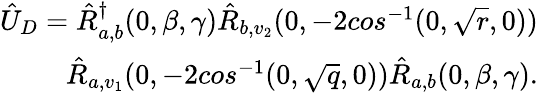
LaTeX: \begin{array}{r}{\hat{U}_{D}=\hat{R}_{a,b}^{\dagger}(0,\beta,\gamma)\hat{R}_{b,v_{2}}(0,-2cos^{-1}(0,\sqrt{r},0))}\\ {\hat{R}_{a,v_{1}}(0,-2cos^{-1}(0,\sqrt{q},0))\hat{R}_{a,b}(0,\beta,\gamma).}\end{array}